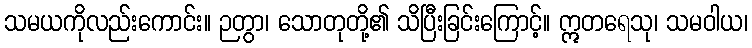
သမယကိုလည်းကောင်း။ ဉတွာ၊ သောတုတို့၏ သိပြီးခြင်းကြောင့်။ ဣတရေသု၊ သမဝါယ၊